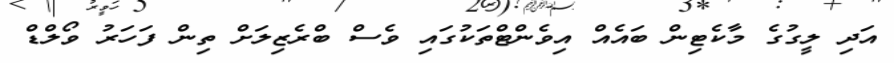
އަދި ލީގުގެ މާކެޓިން ބައެއް އިވެންޓްތަކުގައި ވެސް ބްރެޒިލަށް ތިން ފަހަރު ވޯލްޑް